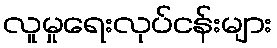
လူမှုရေးလုပ်ငန်းများ